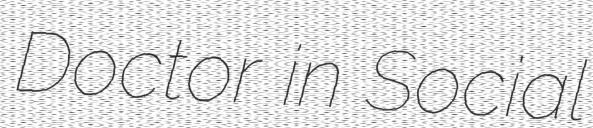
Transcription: Doctor in Social